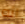
انه